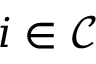
i \in \mathcal { C }